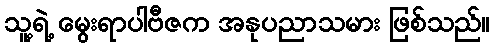
သူ့ရဲ့ မွေးရာပါဗီဇက အနုပညာသမား ဖြစ်သည်။